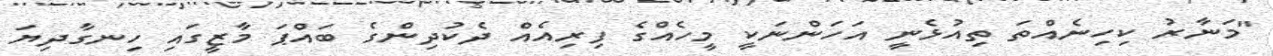
"މަނާރު ކިހިނެއްތަ ތިއުޅެނީ އަހަންނަކީ މީހެއްގެ ފިރިއެއް ދެކުދިންގެ ބައްޕަ މާޒީގައި ހިނގާދިޔަ